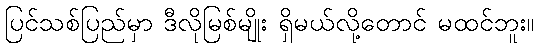
ပြင်သစ်ပြည်မှာ ဒီလိုမြစ်မျိုး ရှိမယ်လို့တောင် မထင်ဘူး။